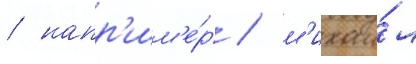
/ напр'им'е́р / м'ихаи́л